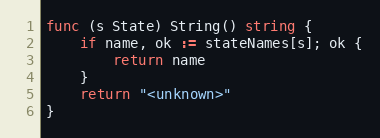
Language: Go
func (s State) String() string {
	if name, ok := stateNames[s]; ok {
		return name
	}
	return "<unknown>"
}